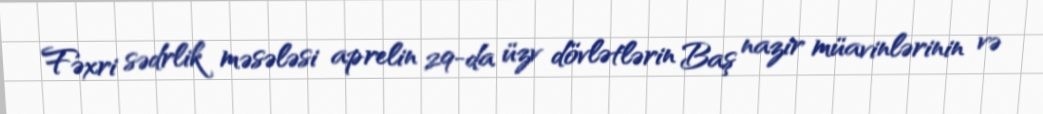
Fəxri sədrlik məsələsi aprelin 29-da üzv dövlətlərin Baş nazir müavinlərinin və